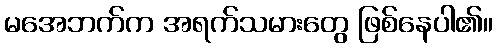
မအေဘက်က အရက်သမားတွေ ဖြစ်နေပါ၏။